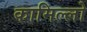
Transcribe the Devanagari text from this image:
कामिल्लो